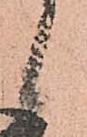
候